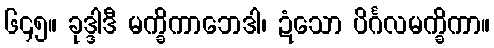
၆၄၅။ ခုဒ္ဒါဒီ မက္ခိကာဘေဒါ၊ ဍံသော ပိင်္ဂလမက္ခိကာ။